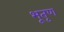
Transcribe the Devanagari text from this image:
भूतृण